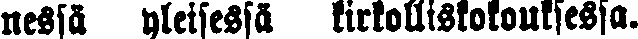
nessä yleisessä kirkolliskokouksessa.